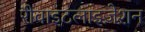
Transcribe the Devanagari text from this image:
रीवाइटलाइज़ेशन